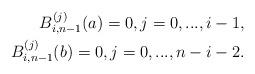
LaTeX: \begin{align*}B_{i,n-1}^{(j)}(a)=0, j=0,...,i-1,\\B_{i,n-1}^{(j)}(b)=0, j=0,...,n-i-2.\end{align*}